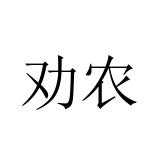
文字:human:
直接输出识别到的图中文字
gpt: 劝农